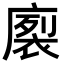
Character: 𭙻